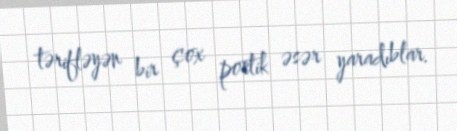
tərifləyən bir çox poetik əsər yaradıblar.